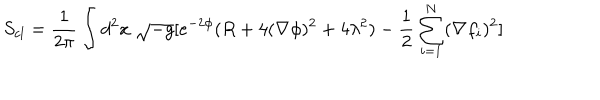
S _ { c l } = \frac { 1 } { 2 \pi } \int d ^ { 2 } x \; \sqrt { - g } [ e ^ { - 2 \phi } ( R + 4 ( \nabla \phi ) ^ { 2 } + 4 \lambda ^ { 2 } ) - \frac { 1 } { 2 } \sum _ { i = 1 } ^ { N } ( \nabla f _ { i } ) ^ { 2 } ]